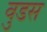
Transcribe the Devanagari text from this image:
वुडस